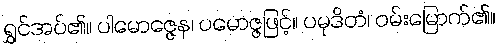
ရွှင်အပ်၏။ ပါမောဇ္ဇေန၊ ပမောဇ္ဇဖြင့်။ ပမုဒိတံ၊ ဝမ်းမြောက်၏။